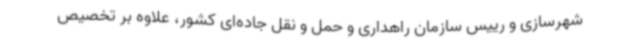
شهرسازی و رییس سازمان راهداری و حمل و نقل جاده‌ای کشور، علاوه بر تخصیص